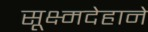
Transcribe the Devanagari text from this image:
सूक्ष्मदेहाने